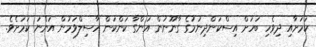
ކަމަށާއި ދިވެހި ބަހަށް އިސްކަންދިނުމުގެ ގާނޫނުން އަންގާ ކަންކަން ހާސިލްވަމުން އަންނަ ކަމަށެވެ.